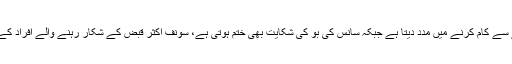
سونف کو کھانے کے بعد استعمال کرنا نظام ہاضمہ کو بہتر طریقے سے کام کرنے میں مدد دیتا ہے جبکہ سانس کی بو کی شکایت بھی ختم ہوتی ہے، سونف اکثر قبض کے شکار رہنے والے افراد کے لیے بہترین ہے جبکہ اس کا تیل بھی نظام ہاضمہ کو بہتر بناتا ہے۔